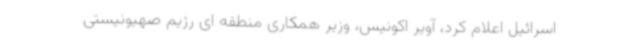
اسرائیل اعلام کرد، آویر اکونیس، وزیر همکاری منطقه ای رژیم صهیونیستی